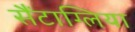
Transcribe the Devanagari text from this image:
सैंटाग्लिया